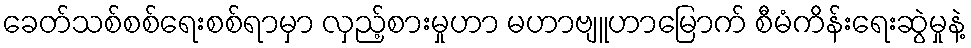
ခေတ်သစ်စစ်ရေးစစ်ရာမှာ လှည့်စားမှုဟာ မဟာဗျူဟာမြောက် စီမံကိန်းရေးဆွဲမှုနဲ့